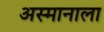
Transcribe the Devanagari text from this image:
अस्मानाला